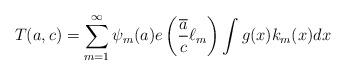
LaTeX: \begin{align*} T(a,c)=\sum_{m=1}^\infty \psi_m(a)e\left(\frac{\overline a}{c}\ell_m\right)\int g(x)k_m(x)dx\end{align*}